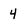
Character: 4